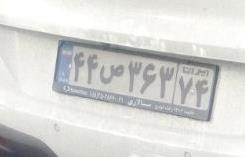
۴۴ص۳۶۳۷۴